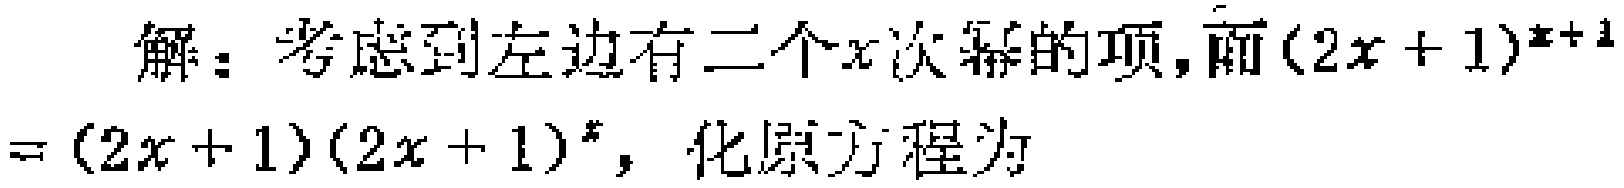
解：考虑到左边有二个\(x\)次幂的项，而\((2x + 1)^{x + 1}=(2x + 1)(2x + 1)^{x}\)，化原方程为